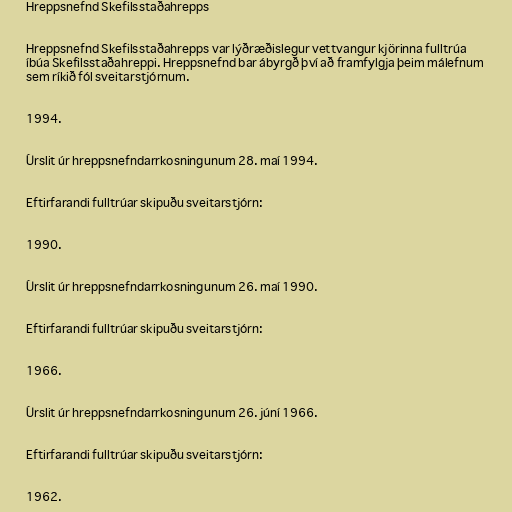
Hreppsnefnd Skefilsstaðahrepps

Hreppsnefnd Skefilsstaðahrepps var lýðræðislegur vettvangur kjörinna fulltrúa
íbúa Skefilsstaðahreppi. Hreppsnefnd bar ábyrgð því að framfylgja þeim málefnum
sem ríkið fól sveitarstjórnum.

1994.

Úrslit úr hreppsnefndarrkosningunum 28. maí 1994.

Eftirfarandi fulltrúar skipuðu sveitarstjórn:

1990.

Úrslit úr hreppsnefndarrkosningunum 26. maí 1990.

Eftirfarandi fulltrúar skipuðu sveitarstjórn:

1966.

Úrslit úr hreppsnefndarrkosningunum 26. júní 1966.

Eftirfarandi fulltrúar skipuðu sveitarstjórn:

1962.